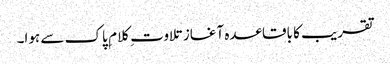
تقریب کا باقاعدہ آغاز تلاوت ِ کلام ِ پاک سے ہوا۔